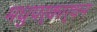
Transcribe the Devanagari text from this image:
मधुपर्कार्चन